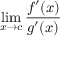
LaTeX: \operatorname* { l i m } _ { x \to c } { \frac { f ^ { \prime } ( x ) } { g ^ { \prime } ( x ) } }